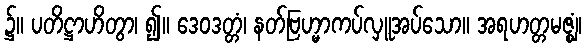
၌။ ပတိဋ္ဌာဟိတွာ၊ ၍။ ဒေဝဒတ္တံ၊ နတ်ဗြဟ္မာကပ်လှူအပ်သော။ အရဟတ္တမဇ္ဈံ၊